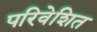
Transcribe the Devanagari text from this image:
परिवेशित